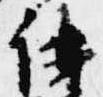
講